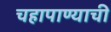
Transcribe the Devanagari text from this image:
चहापाण्याची